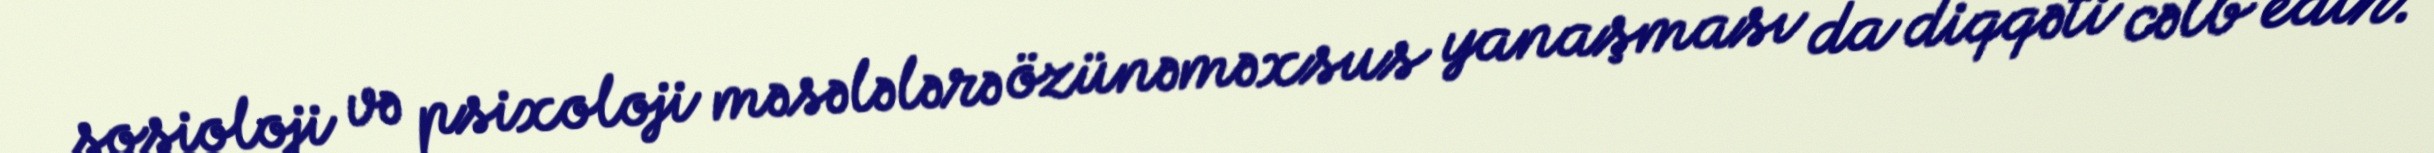
sosioloji və psixoloji məsələlərə özünəməxsus yanaşması da diqqəti cəlb edir.